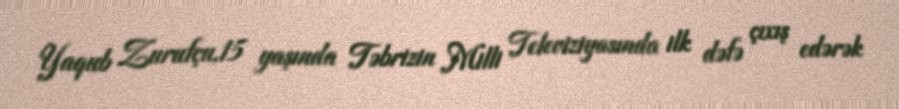
Yaqub Zurufçu,15 yaşında Təbrizin Milli Televiziyasında ilk dəfə çıxış edərək